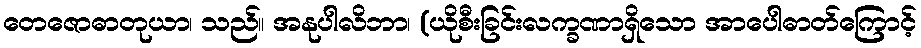
တေဇောဓာတုယာ၊ သည်။ အနုပါလိဘာ၊ (ယိုစီးခြင်းလက္ခဏာရှိသော အာပေါဓာတ်ကြောင့်